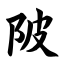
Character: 陂